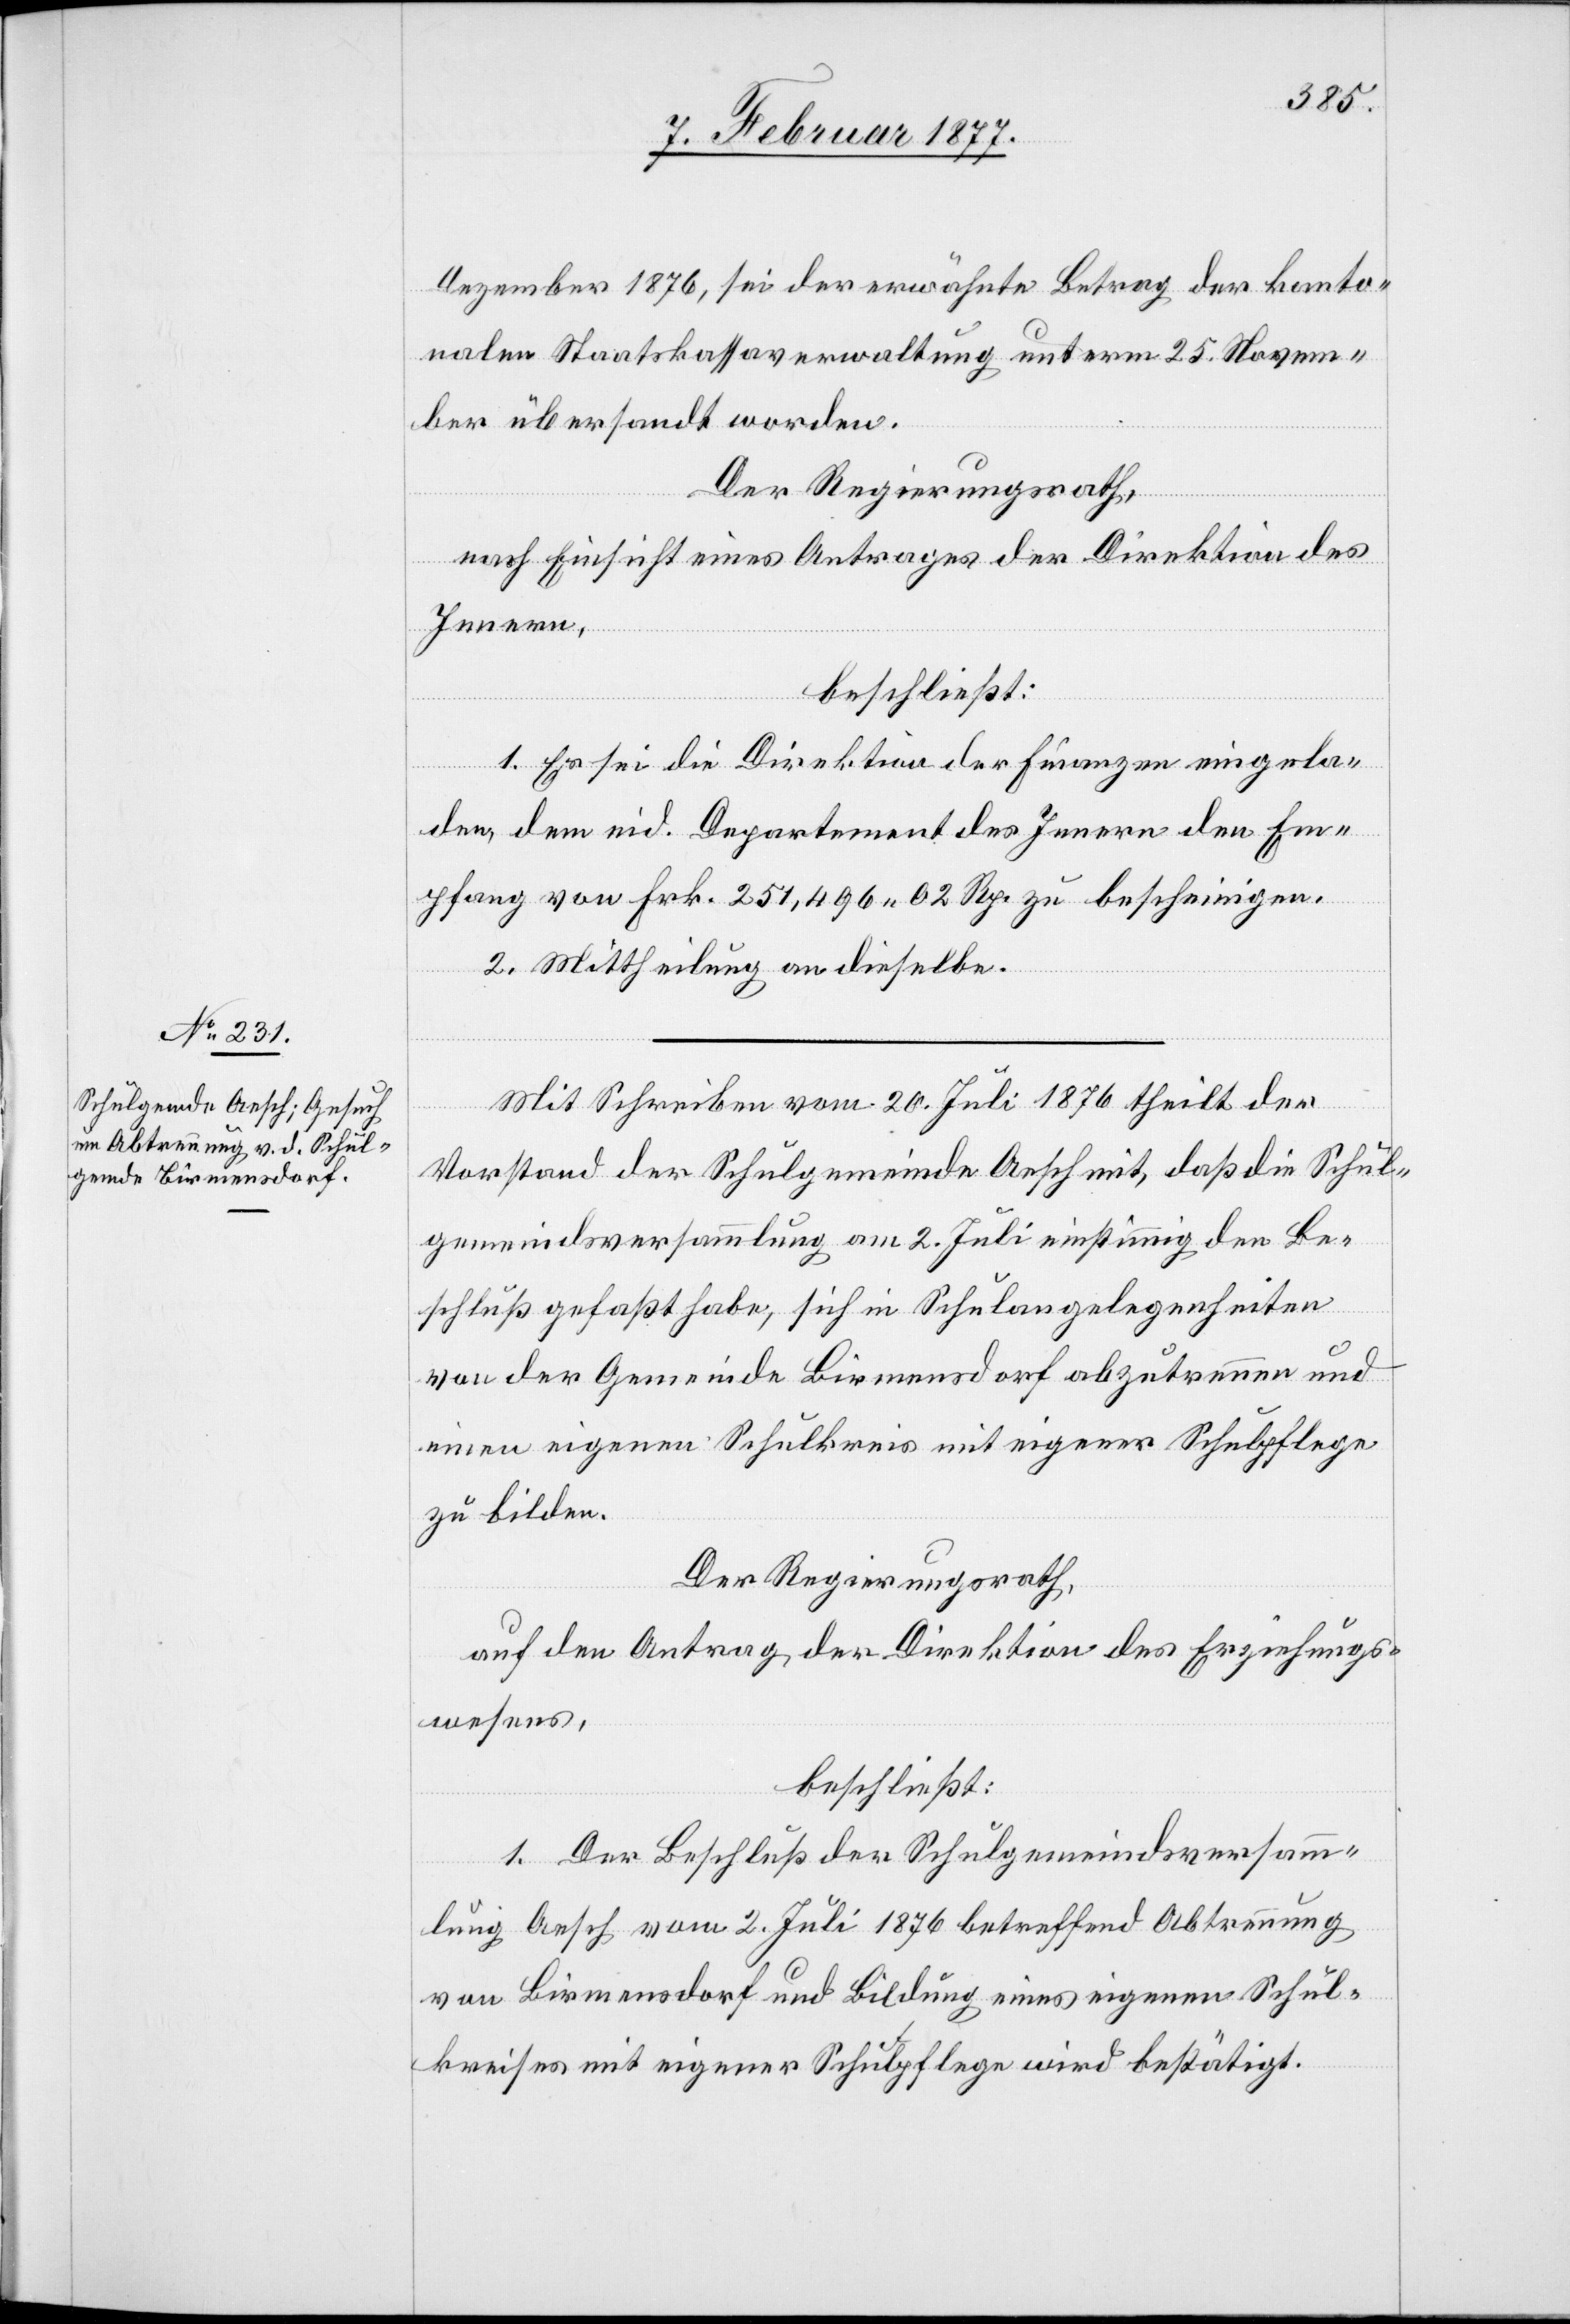
Dezember 1876, sei der erwähnte Betrag der kanto¬
nalen Staatskassaverwaltung unterm 25. Novem¬
ber übersandt worden.
Der Regierungsrath,
nach Einsicht eines Antrages der Direktion des
Innern,
beschließt:
1. Es sei die Direktion der Finanzen eingela¬
den, dem eid. Departement des Innern den Em¬
pfang von Frk. 251,496 02 Rp. zu bescheinigen.
2. Mittheilung an dieselbe.
Mit Schreiben vom 20. Juli 1876 theilt der
Vorstand der Schulgemeinde Aesch mit, daß die Schul¬
gemeindsversammlung am 2. Juli einstimmig den Be¬
schluß gefaßt habe, sich in Schulangelegenheiten
von der Gemeinde Birmensdorf abzutrennen und
einen eigenen Schulkreis mit eigener Schulpflege
zu bilden.
Der Regierungsrath,
auf den Antrag der Direktion des Erziehungs¬
wesens,
beschließt:
1. Der Beschluß der Schulgemeindsversamm¬
lung Aesch vom 2. Juli 1876 betreffend Abtrennung
von Birmensdorf und Bildung eines eigenen Schul¬
kreises mit eigener Schulpflege wird bestätigt.